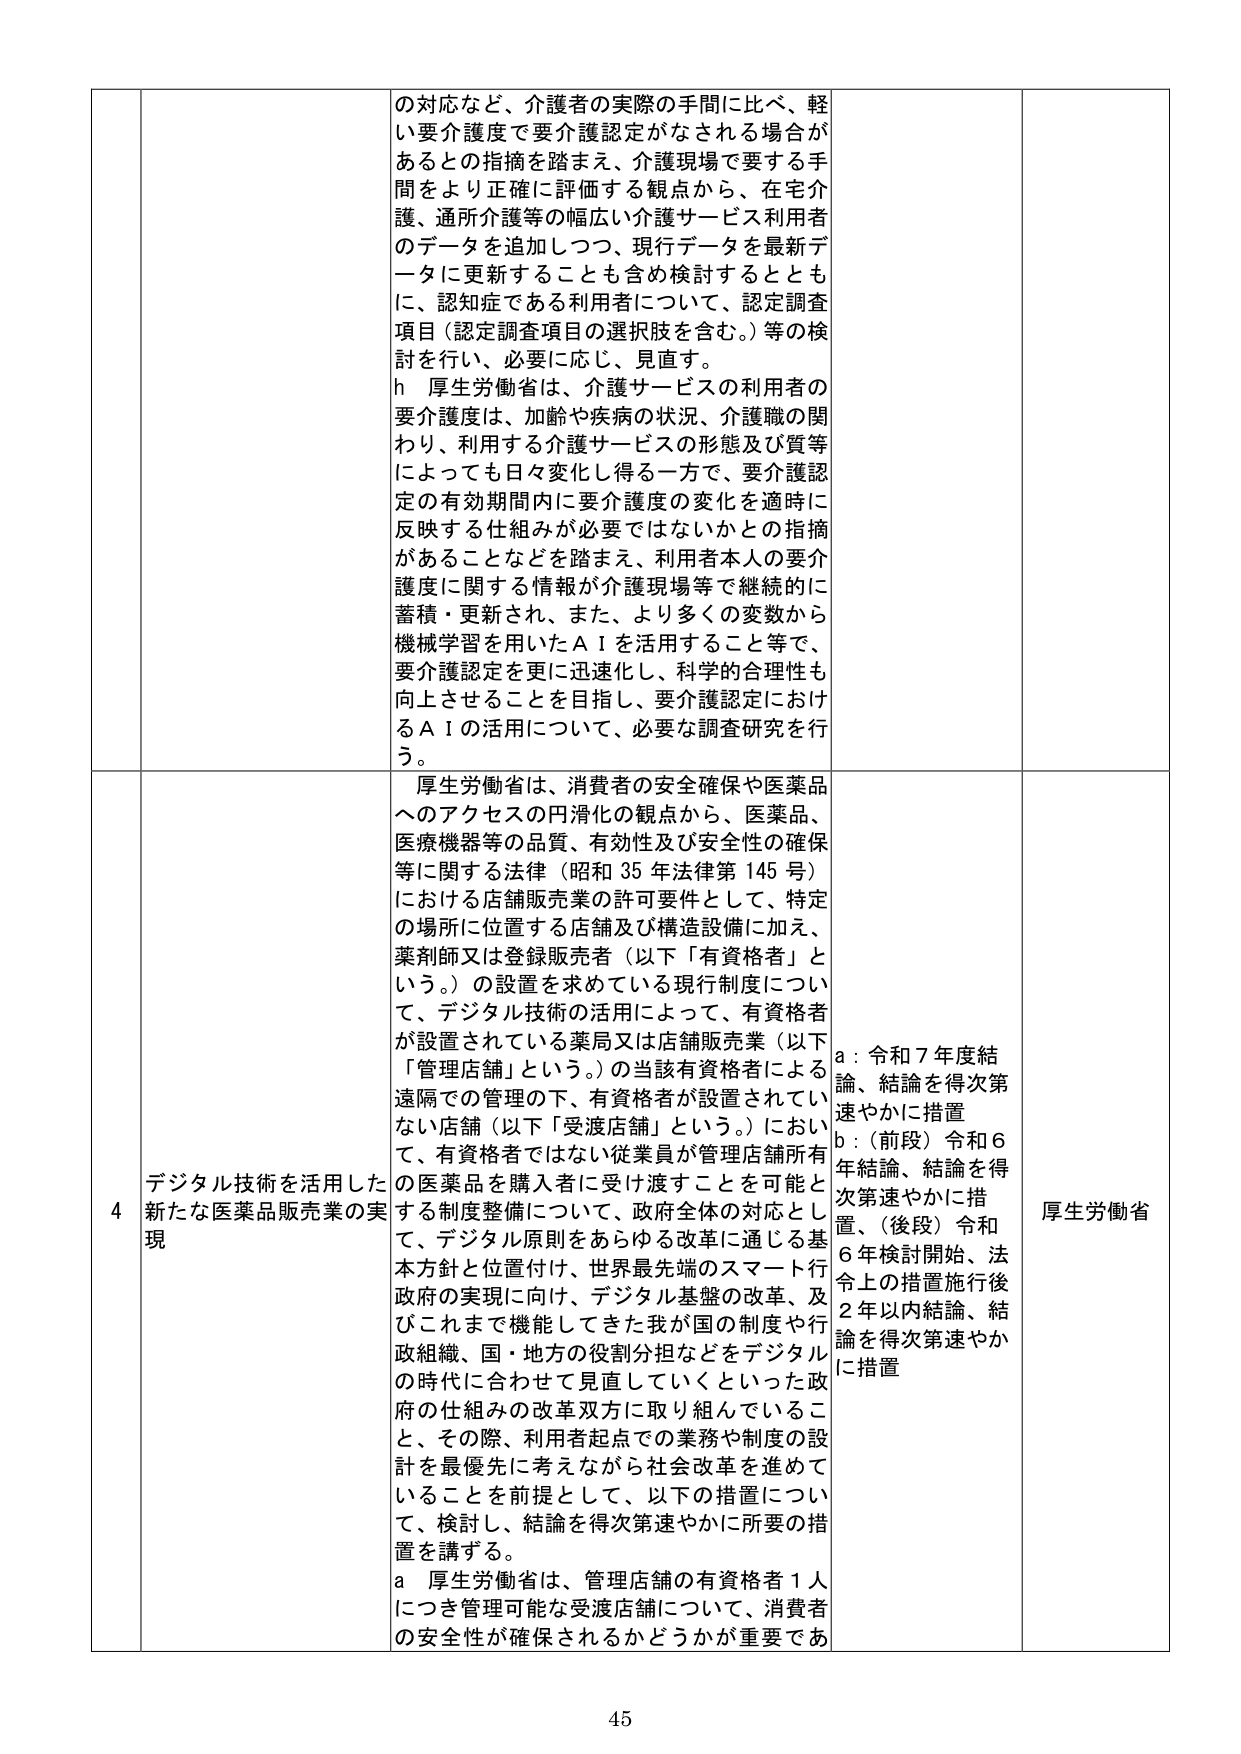
の対応など、介護者の実際の手間に比べ、軽い要介護度で要介護認定がなされる場合があるとの指摘を踏まえ、介護現場で要する手間をより正確に評価する観点から、在宅介護、通所介護等の幅広い介護サービス利用者のデータを追加しつつ、現行データを最新データに更新することも含め検討するとともに、認知症である利用者について、認定調査項目（認定調査項目の選択肢を含む。）等の検討を行い、必要に応じ、見直す。

h 厚生労働省は、介護サービスの利用者の要介護度は、加齢や疾病の状況、介護職の関わり、利用する介護サービスの形態及び質等によっても日々変化し得る一方で、要介護認定の有効期間内に要介護度の変化を適時に反映する仕組みが必要ではないかとの指摘があることなどを踏まえ、利用者本人の要介護度に関する情報が介護現場等で継続的に蓄積・更新され、また、より多くの変数から機械学習を用いたＡＩを活用すること等で、要介護認定を更に迅速化し、科学的合理性も向上させることを目指し、要介護認定におけるＡＩの活用について、必要な調査研究を行う。

4 デジタル技術を活用した新たな医薬品販売業の実現

厚生労働省は、消費者の安全確保や医薬品へのアクセスの円滑化の観点から、医薬品、医療機器等の品質、有効性及び安全性の確保等に関する法律（昭和35年法律第145号）における店舗販売業の許可要件として、特定の場所に位置する店舗及び構造設備に加え、薬剤師による登録販売者（以下「有資格者」という。）の設置を求めている現行制度について、デジタル技術の活用によって、有資格者が設置されている薬局又は店舗販売業（以下「管理店舗」という。）の当該有資格者による遠隔での管理の下、有資格者が設置されていない店舗（以下「受渡店舗」という。）において、有資格者ではない従業員が管理店舗所有の医薬品を購入者に受け渡すことを可能とする制度整備について、政府全体の対応として、デジタル原則をあらゆる改革に通じる基本方針と位置付け、世界最先端のスマート行政の実現に向け、デジタル基盤の改革、及びこれまで機能してきた我が国の制度や行政組織、国・地方の役割分担などをデジタルの時代に合わせて見直していくといった政府の仕組みの改革双方に取り組んでいること、その際、利用者起点での業務や制度の設計を最優先に考えながら社会改革を進めていることを前提として、以下の措置について、検討し、結論を得次第速やかに所要の措置を講ずる。

a 厚生労働省は、管理店舗の有資格者1人につき管理可能な受渡店舗について、消費者の安全性が確保されるかどうかが重要であ

a：令和7年度結論、結論を得次第速やかに措置
b：（前段）令和6年結論、結論を得次第速やかに措置、（後段）令和6年検討開始、法令上の措置施行後2年以内結論、結論を得次第速やかに措置

厚生労働省

45